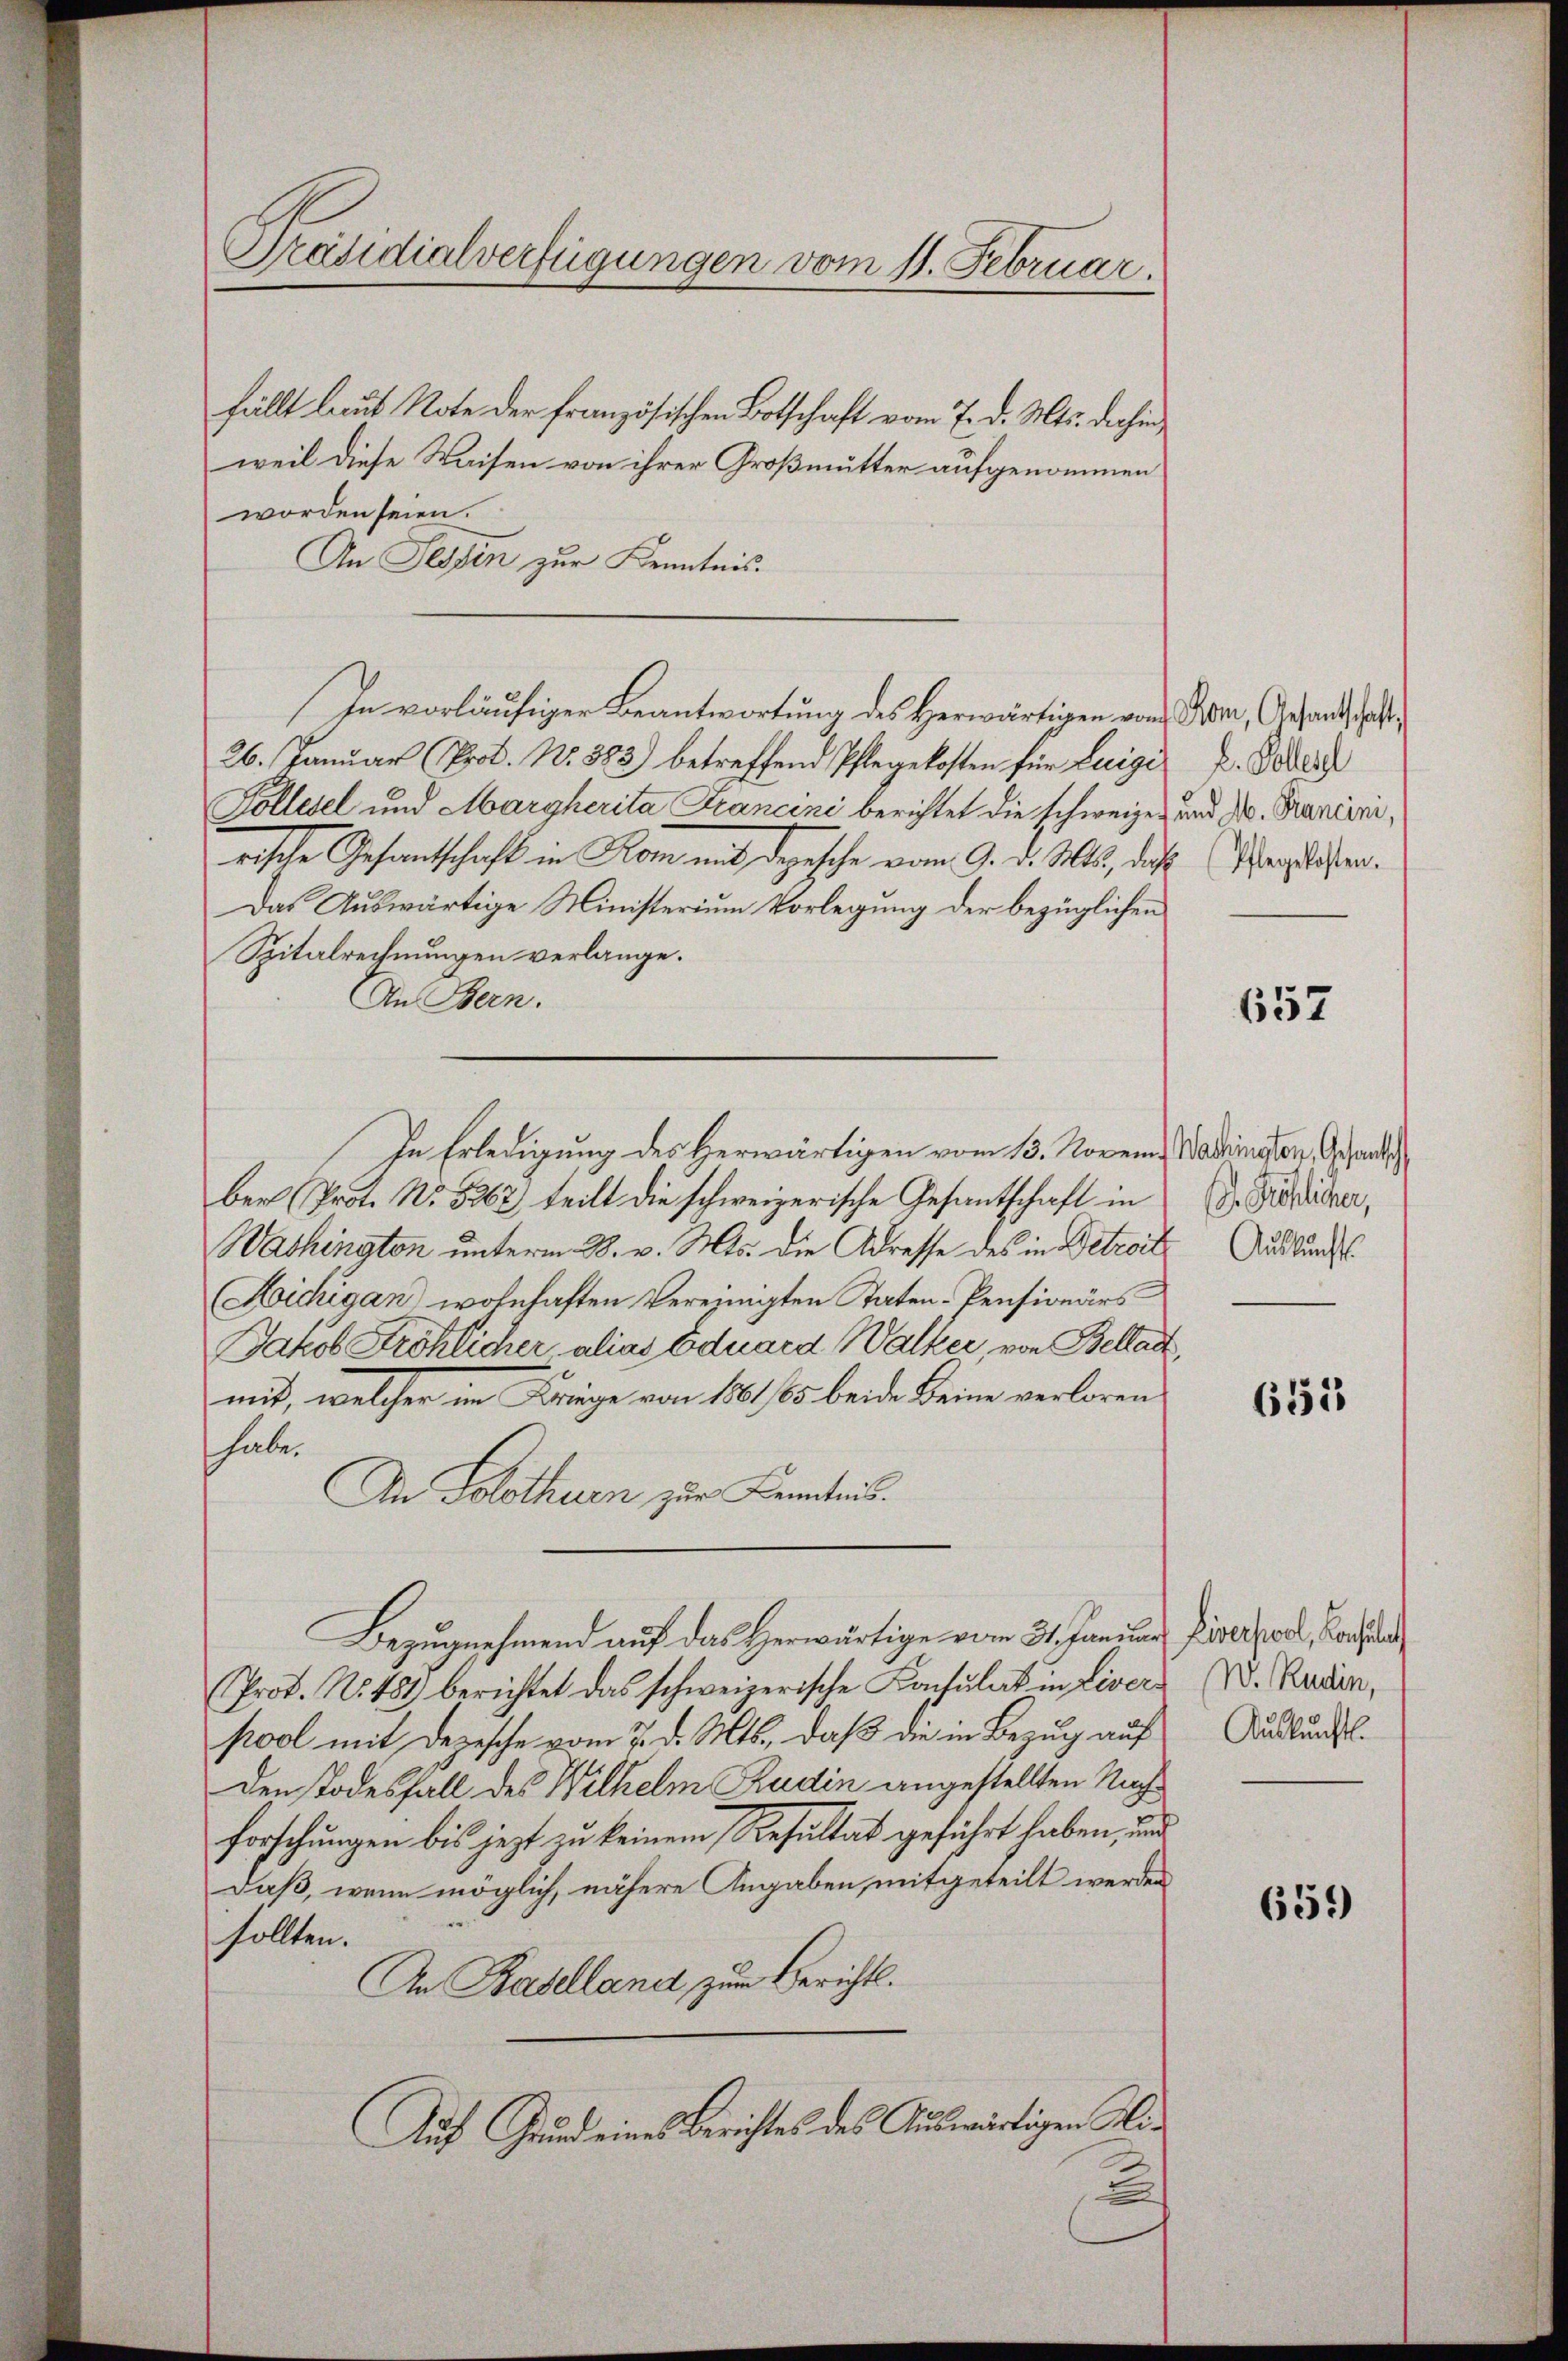
Präsidialverfügungen vom 11. Februar.

fällt laut Note der französischen Botschaft vom 7. d. Mts. dahin
weil diese Waisen von ihrer Großmütter aufgenommen
worden seien.
An Tessin zur Kenntnis.
In vorläufiger Beantwortung des Herwärtigen von Ton, Gesandtschaft
26. Januar (Prot. No. 383) betreffend Pflegekosten für Luigi
Pollisel und Margherita Francini berichtet die schweizen und Dr. Francinirische Gesantschaft in Rom mit Depesche vom 9. d. Mts, das Waisen¬
Das Auswärtige Ministerium Vorlegung der bezüglichen
Spitalrechnungen verlange.
An Bern.
ber Prot. No. 5262, teilt die schweizerische Gesantschaft in D. Präsider,
Washington unterm 28. v. Mts. die Adresse des in Betreite Auskunf
Hichigan wohnhaften Vereinigten Taten-Pensionärs
Jakob Ströhlicher alias Eduard Walker, von Belladt,
mit, welcher im Könige von 1861, 65 beide Beine verloren
habe.
An Solothurn zur Kenntnis.
Bezŭgnehmend auf das Herwärtige vom 31. Januar Zierpal, Bonhel
(Prof. No 484 berichtet das schweizerische Kachŭlat in Livers d. Radin,
pool mit Depesche vom 7. d. Mts., daß die in Bezug auf
Den Todesfall des Wilhelm Rudin angestellten Nachforschungen bis jezt zu keinem Resultat geführt haben, und
daß, wenn möglich, nähere Angaben, mitgeteilt werden
sollten.
An Baselland, zum Berichts.
Auf Grund eines Berichtes des Auswärtigen Mix

In Erledigung des Herwärtigen vom 13. Novem Wadiaten Gesandts

L. Polen

657

655

Auskunft.

659)